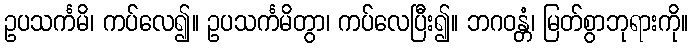
ဥပသင်္ကမိ၊ ကပ်လေ၍။ ဥပသင်္ကမိတွာ၊ ကပ်လေပြီး၍။ ဘဂဝန္တံ၊ မြတ်စွာဘုရားကို။